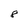
Character: 8